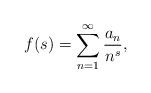
LaTeX: \begin{align*}f(s)=\sum_{n=1}^\infty \frac{a_n}{n^s},\end{align*}